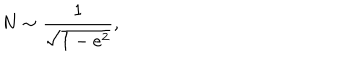
N \sim \frac { 1 } { \sqrt { 1 - e ^ { 2 } } } ,